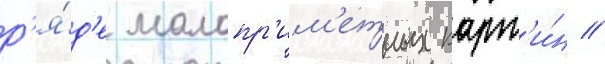
р'я́д'е малопр'им'етных карт'и́н //